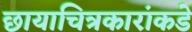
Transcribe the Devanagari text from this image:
छायाचित्रकारांकडे